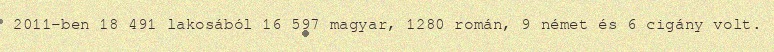
2011-ben 18 491 lakosából 16 597 magyar, 1280 román, 9 német és 6 cigány volt.